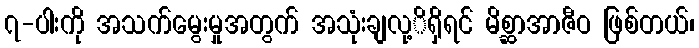
၇-ပါးကို အသက်မွေးမှုအတွက် အသုံးချလု့ိရှိရင် မိစ္ဆာအာဇီဝ ဖြစ်တယ်၊